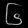
Digit: ၆